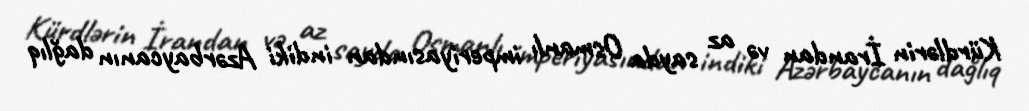
Kürdlərin İrandan və az sayda Osmanlı imperiyasından indiki Azərbaycanın dağlıq